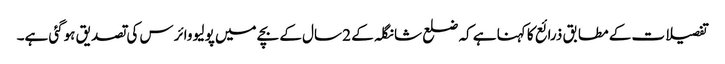
تفصیلات کے مطابق ذرائع کا کہنا ہے کہ ضلع شانگلہ کے 2 سال کے بچے میں پولیو وائرس کی تصدیق ہوگئی ہے۔